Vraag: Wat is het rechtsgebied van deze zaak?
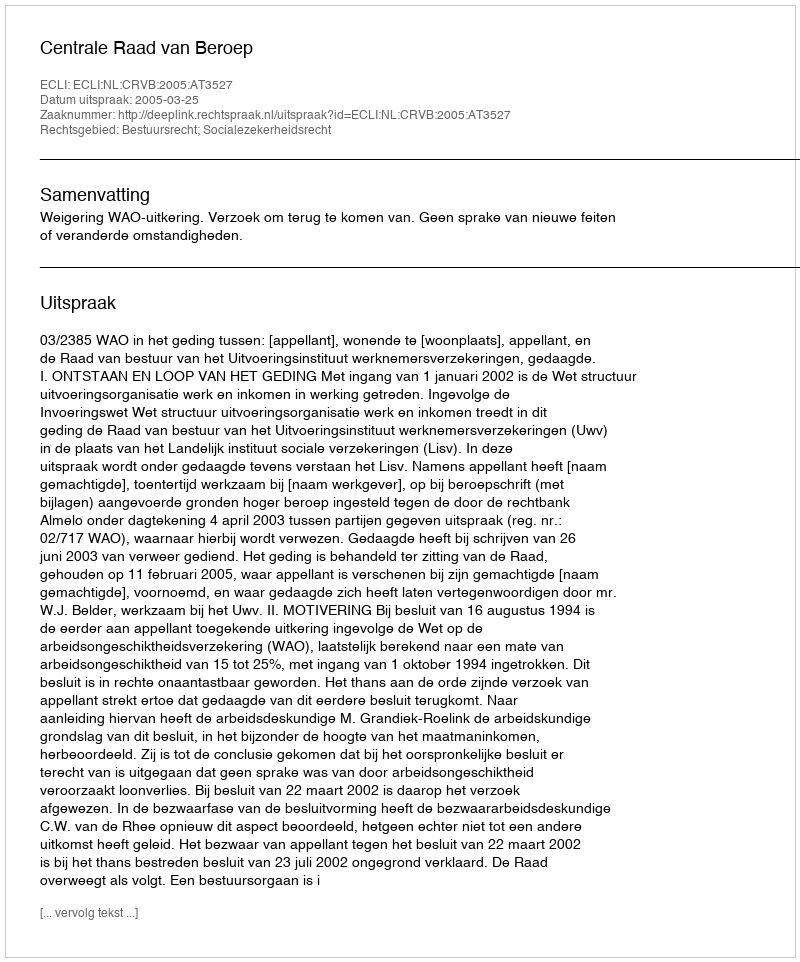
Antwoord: Bestuursrecht; Socialezekerheidsrecht